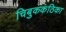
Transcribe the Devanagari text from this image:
चिबुककंठिका